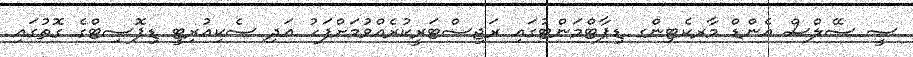
ސީ ސޭލްސް އެންޑް މާރކެޓިންގ ޑިޕާޓްމަންޓުގައި ރަޖިސްޓަރީކުރެއްވުމަށްފަހު އަދި ސެކިއުރިޓީ ޑިޕޮސިޓްގެ ގޮތުގައި